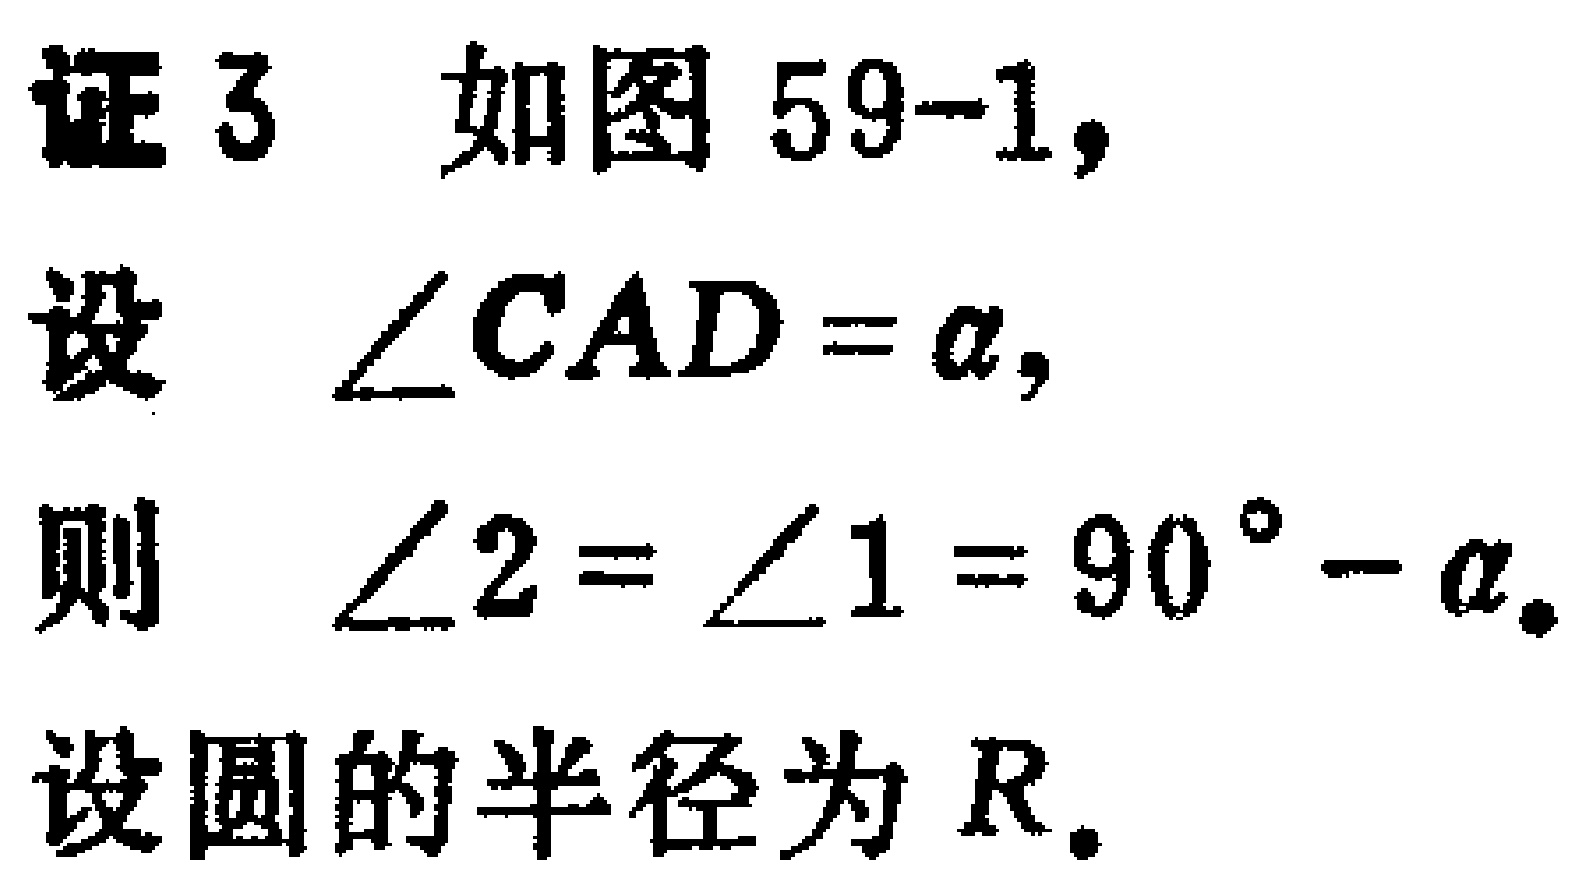
证 3 如图 59-1,
设 $\angle CAD = \alpha$,
则 $\angle 2=\angle 1 = 90^{\circ}-\alpha$.
设圆的半径为 $R$.